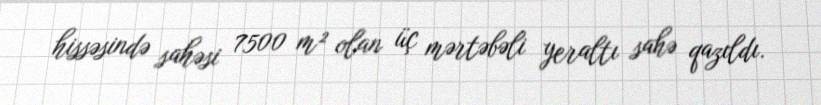
hissəsində sahəsi 7500 m² olan üç mərtəbəli yeraltı sahə qazıldı.